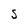
Character: S